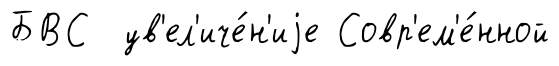
БВС ув'ел'иче́н'иjе Совр'ем'е́нной